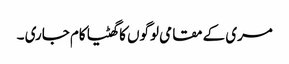
مری کے مقامی لوگوں کا گھٹیا کام جاری ۔